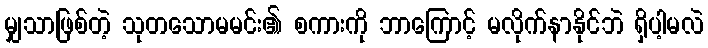
မျှသာဖြစ်တဲ့ သုတသောမမင်း၏ စကားကို ဘာကြောင့် မလိုက်နာနိုင်ဘဲ ရှိပါ့မလဲ